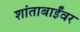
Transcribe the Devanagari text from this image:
शांताबाईंवर